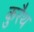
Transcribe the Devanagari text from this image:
कुरैथ